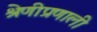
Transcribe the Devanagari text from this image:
श्रेणीप्रणाली